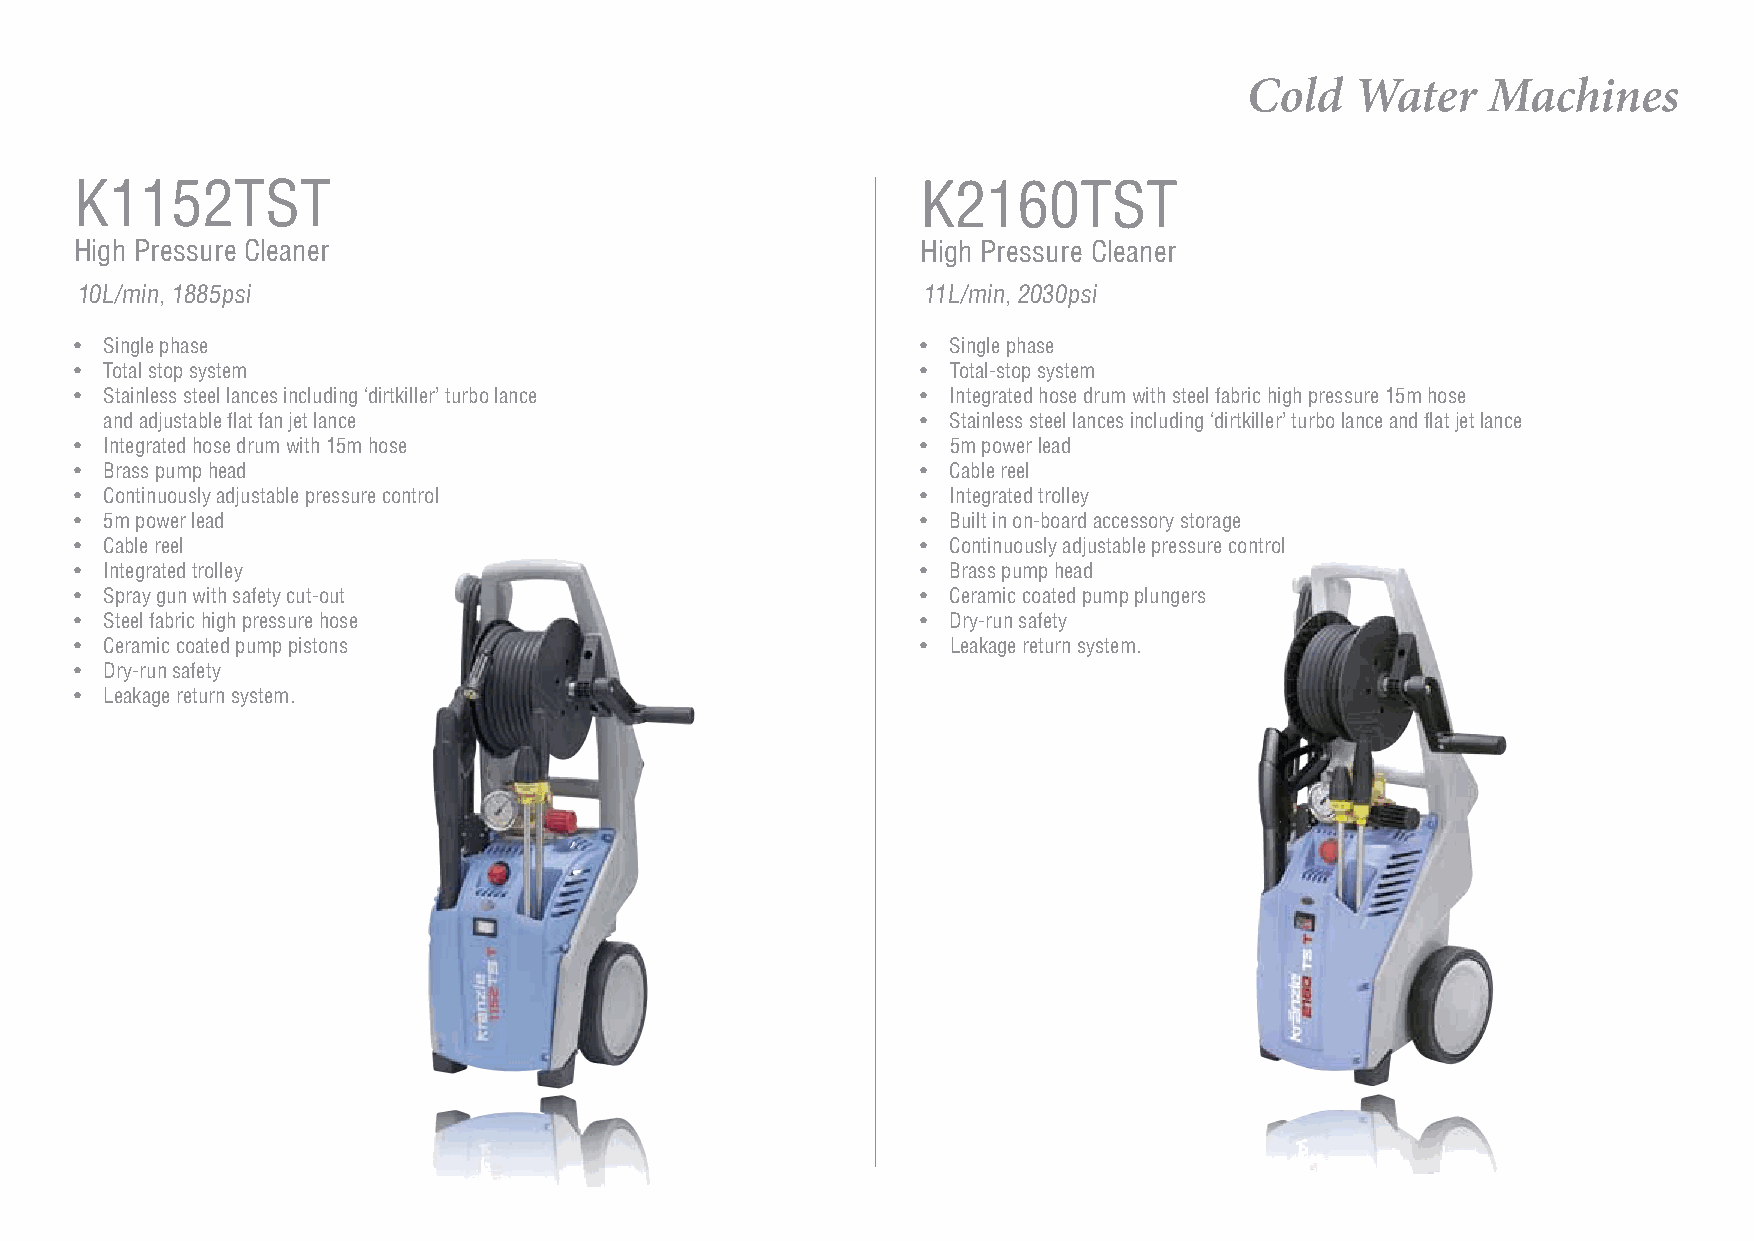
Cold   Water   Machines
 K1152TST                                                K2160TST
 High Pressure Cleaner                                   High Pressure Cleaner
 10L/min, 1885psi                                        11L/min, 2030psi
 • Single phase                                          • Single phase
 • Total stop system                                     • Total-stop system
 • Stainless steel lances including ‘dirtkiller’ turbo lance • Integrated hose drum with steel fabric high pressure 15m hose
 and adjustable flat fan jet lance                     • Stainless steel lances including ‘dirtkiller’ turbo lance and flat jet lance
 • Integrated hose drum with 15m hose                    • 5m power lead
 • Brass pump head                                       • Cable reel
 • Continuously adjustable pressure control              • Integrated trolley
 • 5m power lead                                         • Built in on-board accessory storage
 • Cable reel                                            • Continuously adjustable pressure control
 • Integrated trolley                                    • Brass pump head
 • Spray gun with safety cut-out                         • Ceramic coated pump plungers
 • Steel fabric high pressure hose                       • Dry-run safety
 • Ceramic coated pump pistons                           • Leakage return system.
 • Dry-run safety
 • Leakage return system.